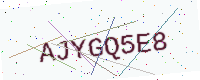
Text: AJYGQ5E8